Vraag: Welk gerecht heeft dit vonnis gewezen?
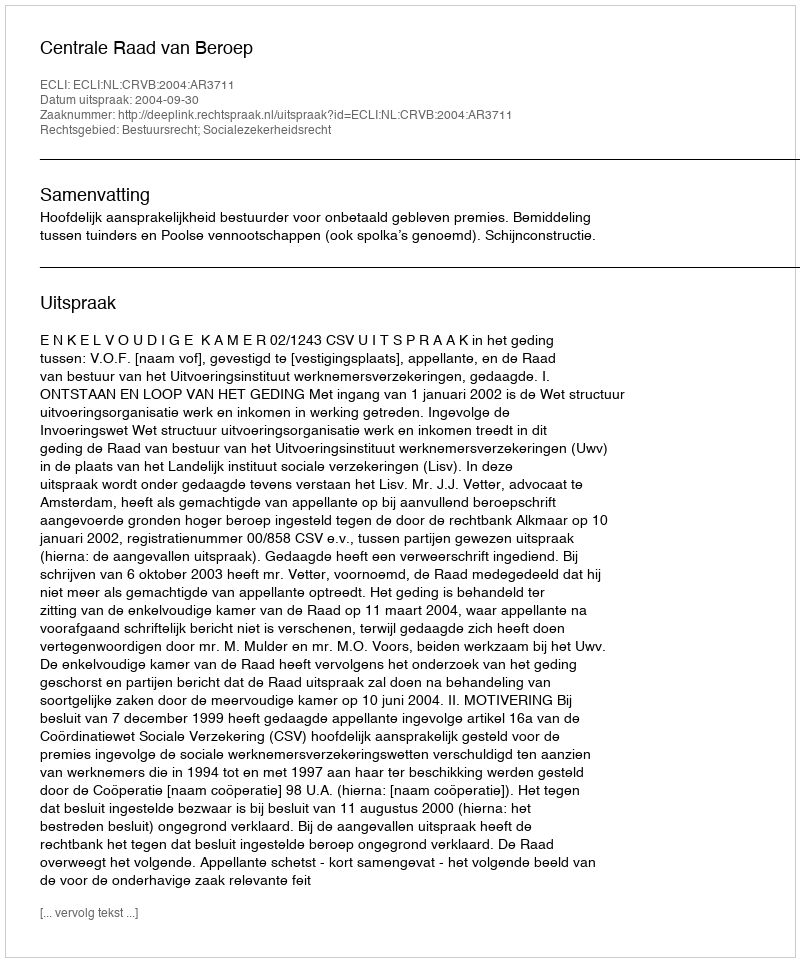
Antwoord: Centrale Raad van Beroep